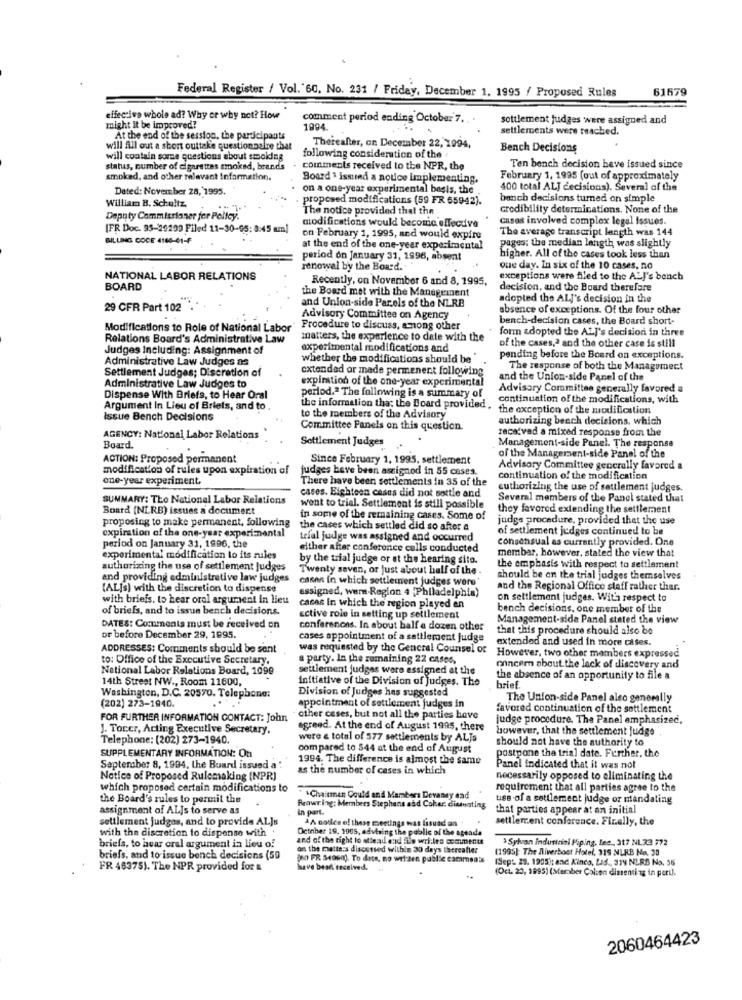
61679
Federal Register / Vol. 60, No. 231 / Friday, December 1, 1995 / Proposed Rules
effective whole ad? Why or why not? How
comment period ending October 7 .. .
settlement judges were assigned and
might it be improved?
1994
settlements were reached.
At the end of the session, the participants
will fill out a short outtake questionnaire that
Thereafter, on December 22, 1994,
Bench Decisions
will contain some questions about smoking
following consideration of the
status, number of cigarettes smoked, brands
comments received to the NPR, the
Ten bench decision beve issued since
smoked, and other relevant information.
Board 1 issued a notice implementing.
February 1, 1995 (out of approximately
Dated: November 28, 1995.
on a one-year experimental basis, the
400 total ALJ decisions). Several of the
William B. Schultz,
proposed modifications (59 FR 65942).
banch decisions turned on simple
The notice provided that the
credibility determinations. None of the
Deputy Commissioner fer Pelley.
modifications would become effective
casas involved complex legal issues.
[FR Doc. 95-29299 Filed 11-30-95: 8:45 am)
The average transcript length was 144
BILLING COCE 4160-01-F
on February 1, 1995, and would expire
at the end of the one-year experimental
pages; the median length was slightly
period on January 31, 1996, absent
higher. All of the cases took less than
renowal by the Board.
Que day. In six of the 10 cases, no
NATIONAL LABOR RELATIONS
Recently, on November 6 and 8, 1995.
exceptions were filed to the All's bench
BOARD
the Board met with the Management
decision, and the Board therefore
and Union-side Parels of the NLRB
adopted the ALJ's decision in the
29 CFR Part 102
absence of exceptions. Of the four other
Advisory Committee on Agency
bench-decision cases, the Board short-
Modifications to Role of National Labor
Procedure to discuss, among other
form adopted the ALI's decision in three
Relations Board's Administrative Law
matters, the experience to date with the
of the cases,ª and the other case is still
Judges Including: Assignment of
experimental modifications and
Administrative Law Judges as
whether the modifications should be
pending before the Board on exceptions.
Settlement Judges; Discretion of
extended or made permenent following
The response of both the Management
expiration of the one-year experimental
and the Union-side Panel of the
Administrative Law Judges to
perlod.ª The following is a summary of
Advisory Committee generally favored a
Dispense With Briefs, to Hear Oral
continuation of the modifications, with
Argument In Lieu of Briefs, and to
the information that the Board provided .
the exception of the modification
Issue Bench Decisions
to the members of the Advisory
authorizing beach decisions, which
Committee Panels on this question.
racatvad a mixed response from the
AGENCY: National Labor Relations
Settlement Judges
Board.
Management-side Panel. The response
of the Management-side Panel of the
ACTION: Proposed permanent
Since February 1, 1995. settlement
modification of rules upon expiration of
judges beve been assigned in 55 cases.
Advisory Committee generally favored a
one-year experiment.
There have been settlements in 35 of the
continuation of the modification
cuthorizing the use of settlement judges.
SUMMARY: The National Labor Relations
cases. Eighteen cases did not settle and
Several members of the Panel stated that
Board (NLRB) issues a document
went to trial. Settlement is still possible
they favored extending the settlement
proposing to make permanent. following
in some of the remaining cases. Some of
judge procedure, provided that the use
the cases which settled did so after a
of settlement judges continued to be
expiration of the one-year experimental
period on January 31, 1996, the
trial juilge was assigned and occurred
consensual as currently provided. One
either after conference calls conducted
membar, however, stated the view that
experimental modification to its rules
by the trial judge or at the hearing sito.
authorizing the use of settlement judges
Twenty seven, or just about half of the.
the emphasis with respect to settlement
and providing administrative law judges
cases in which settlement judges were
should be on the trial judges themselves
(AL]s) with the discretion to dispense
assigned, wern-Region 4 ,Philadelphia)
and the Regional Office staff rather thar.
with briefs. to hear oral argument in lieu
on settlement judges. With respect to
of briefs, and to issue bench decisions.
casas in which the region played an
bench decisions, one member of the
active role in setting up settlement
Management-side Panel stated the view
DATES: Comments must be received on
conferences. In about half a dozen other
that this procedure should also be
or before December 29, 1895.
cases appointment of a settlement judge
extended and used in more cases.
ADDRESSES: Comments should be sent
was requested by the General Counsel or
to: Office of the Executive Secretary.
a party. la the zumaining 22 cases,
However, two other members expressed
National Labor Relations Board, 1099
settlement judges were assigned at the
ohnei'm about the lack of discovery and
14th Street NW ., Room 11600,
initiative of the Division of judges. The
the absence of an opportunity to file a
Division of Judges has suggested
brief.
Washington, D.C. 20570. Telephone:
(202) 273-1940.
The Union-side Panel also generally
appointment of settlement judges in
favored continuation of the settlement
FOR FURTHER INFORMATION CONTACT: John
other cases, but not all the parties have
judge procedure. The Panel emphasized,
J. Toner, Acting Executive Secretary.
agreed. At the end of August 1995, there
however, that the settlement judge
Telephone: (202) 273-1940.
were a total of 377 settlements by ALJs
should not have the authority to
compared to 544 at the end of August
postpone the trial date. Further, the
SUPPLEMENTARY INFORMATION: On
1994. The difference is almost the same
September 8, 1994, the Board issued a :
as the number of cases in which
Panel indicated that it was not
Notice of Proposed Rulemaking (NPR)
necessarily opposed to eliminating the
which proposed certain modifications to
requirement that all parties agree to the
the Board's rules to permil the
Chairman Could and Mambers Devaney end
uss of a settlement judge or mandating
assignment of ALjs to serve as
Rrawring: Members Stephens and Coher. dimsunting
in part.
that parties appear at an initial
settlement judges, and to provide AL]s
&A cotles of these meetings was listed on 1
settlement conference. Finally, the
with the discretion to dispense with
October 19, 1905, advising the public of the agenda
and of the right to etterad and Ebe wri.les comments
>Sylvan Industrial Piping, lee ., 317 NL33 772
briefs, to hear oral argument in lieu of
on the matters discussed within 30 days thereafter
(1995): The Bliverboot Hotel, 315 NLRB No. 30
briefs, and to issue bench decisions (59
(no PR S4000). To date, no wel:ten public carmen's
(Sep: 29. 1905): and Kinco, Lad ., 339 NLRB No. 55
FR 46375). The NPR provided for &
have best received.
(Oct. 20, 1995) (Member Calien dimenti ag in peril.
2060464423